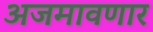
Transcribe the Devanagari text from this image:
अजमावणार